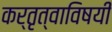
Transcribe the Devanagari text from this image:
कर्तृत्वाविषयी